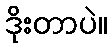
ဒိုးတာပဲ။